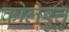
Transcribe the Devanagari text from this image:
कोलेऱुत्तु